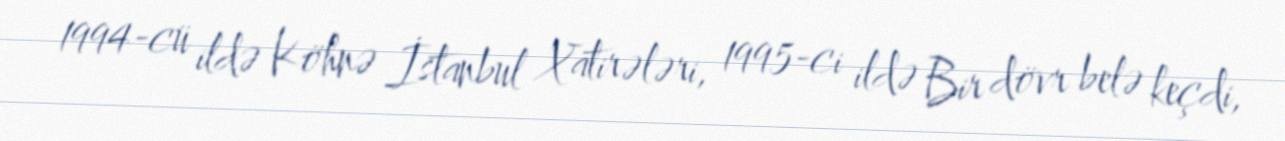
1994-cü ildə Köhnə İstanbul Xatirələri, 1995-ci ildə Bir dövr belə keçdi,